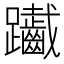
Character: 𨈄